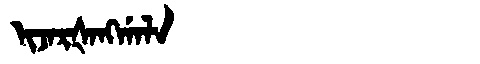
Manchu: ᡳᠵᠠᡵᡧᠠᠩᡤᠠᠯᠠ
Romanization: IJARŠANGGALA